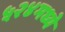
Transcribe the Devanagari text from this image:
५२४मध्ये